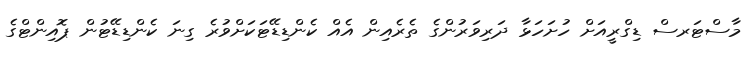
މާސްޓަރސް ޑިގްރީއަށް ހުށަހަޅާ ދަރިވަރުންގެ ތެރެއިން އެއް ކެންޑިޑޭޓަކަށްވުރެ ގިނަ ކެންޑިޑޭޓުން ޕޮއިންޓްގެ